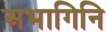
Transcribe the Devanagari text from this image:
अभागिनि